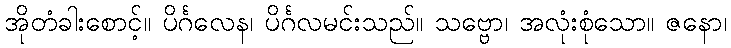
အိုတံခါးစောင့်။ ပိင်္ဂလေန၊ ပိင်္ဂလမင်းသည်။ သဗ္ဗော၊ အလုံးစုံသော။ ဇနော၊